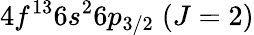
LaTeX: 4f^{13}6s^{2}6p_{3/2}\; (J=2)